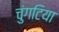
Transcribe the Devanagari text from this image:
चुंगटिया